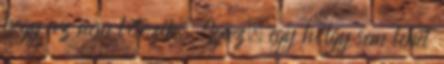
hogy az nem létezik. Igaz, egy hölgy sem lehet